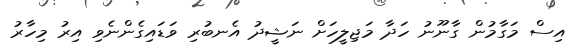
އިސް މަގާމުން ގާނޫނު ހަދާ މަޖިލީހަށް ނަޝީދު އެނބުރި ވަޑައިގެންނެވި އިރު މިހާރު